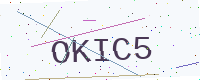
Text: OKIC5